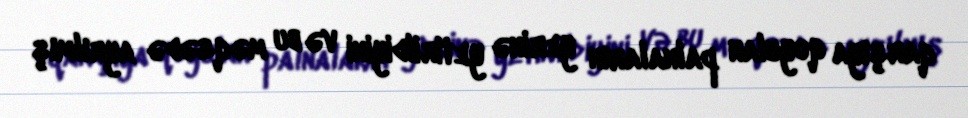
qarşıya qoyulan palnaların yerinə yetirildiyini və bu məqsədə ayrılmış